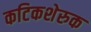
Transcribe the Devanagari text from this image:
कटिकशेरुक